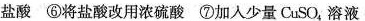
盐酸 ⑥将盐酸改用浓硫酸 ⑦加入少量CuSO_{4}，溶液